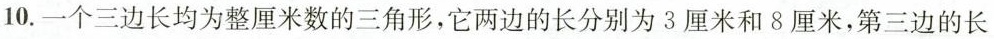
10.一个三边长均为整厘米数的三角形，它两边的长分别为3厘米和8厘米，第三边的长